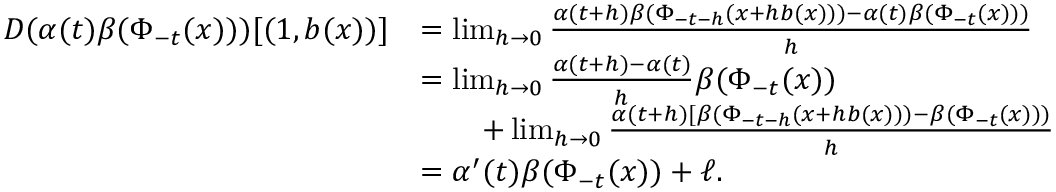
\begin{array} { r l } { D ( \alpha ( t ) \beta ( \Phi _ { - t } ( x ) ) ) [ ( 1 , b ( x ) ) ] } & { = \operatorname* { l i m } _ { h \to 0 } \frac { \alpha ( t + h ) \beta ( \Phi _ { - t - h } ( x + h b ( x ) ) ) - \alpha ( t ) \beta ( \Phi _ { - t } ( x ) ) ) } { h } } \\ & { = \operatorname* { l i m } _ { h \to 0 } \frac { \alpha ( t + h ) - \alpha ( t ) } { h } \beta ( \Phi _ { - t } ( x ) ) } \\ & { \qquad + \operatorname* { l i m } _ { h \to 0 } \frac { \alpha ( t + h ) [ \beta ( \Phi _ { - t - h } ( x + h b ( x ) ) ) - \beta ( \Phi _ { - t } ( x ) ) ) } { h } } \\ & { = \alpha ^ { \prime } ( t ) \beta ( \Phi _ { - t } ( x ) ) + \ell . } \end{array}